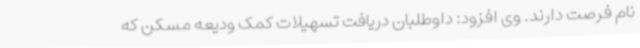
نام فرصت دارند. وی افزود: داوطلبان دریافت تسهیلات کمک ودیعه مسکن که